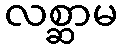
လစ္ဆာမ